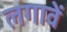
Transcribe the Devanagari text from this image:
लगावें